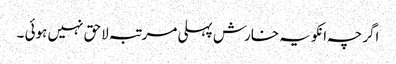
اگرچہ انکو یہ خارش پہلی مرتبہ لاحق نہیں ہوئی ۔